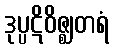
ဒုပ္ပဋိဝိဇ္ဈတရံ